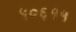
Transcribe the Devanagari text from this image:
५०६१५